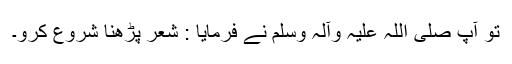
تو آپ صلی اللہ علیہ وآلہ وسلم نے فرمایا : شعر پڑھنا شروع کرو۔